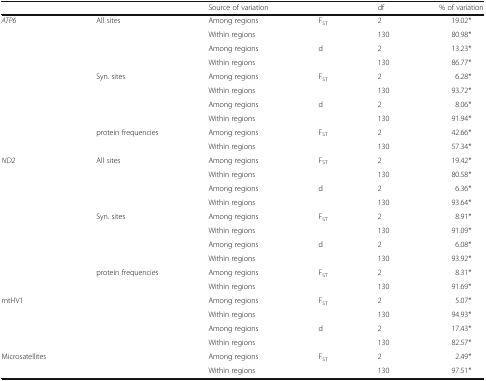
<table><thead><tr><td></td><td></td><td><b>Source of variation</b></td><td></td><td><b>df</b></td><td><b>% of variation</b></td></tr></thead><tbody><tr><td rowspan="10"><i>ATP6</i></td><td rowspan="4">All sites</td><td>Among regions</td><td>F<sub>ST</sub></td><td>2</td><td>19.02*</td></tr><tr><td>Within regions</td><td></td><td>130</td><td>80.98*</td></tr><tr><td>Among regions</td><td>d</td><td>2</td><td>13.23*</td></tr><tr><td>Within regions</td><td></td><td>130</td><td>86.77*</td></tr><tr><td rowspan="4">Syn. sites</td><td>Among regions</td><td>F<sub>ST</sub></td><td>2</td><td>6.28*</td></tr><tr><td>Within regions</td><td></td><td>130</td><td>93.72*</td></tr><tr><td>Among regions</td><td>d</td><td>2</td><td>8.06*</td></tr><tr><td>Within regions</td><td></td><td>130</td><td>91.94*</td></tr><tr><td rowspan="2">protein frequencies</td><td>Among regions</td><td>F<sub>ST</sub></td><td>2</td><td>42.66*</td></tr><tr><td>Within regions</td><td></td><td>130</td><td>57.34*</td></tr><tr><td rowspan="10"><i>ND2</i></td><td rowspan="4">All sites</td><td>Among regions</td><td rowspan="2">F<sub>ST</sub></td><td>2</td><td>19.42*</td></tr><tr><td>Within regions</td><td>130</td><td>80.58*</td></tr><tr><td>Among regions</td><td rowspan="2">d</td><td>2</td><td>6.36*</td></tr><tr><td>Within regions</td><td>130</td><td>93.64*</td></tr><tr><td rowspan="4">Syn. sites</td><td>Among regions</td><td rowspan="2">F<sub>ST</sub></td><td>2</td><td>8.91*</td></tr><tr><td>Within regions</td><td>130</td><td>91.09*</td></tr><tr><td>Among regions</td><td rowspan="2">d</td><td>2</td><td>6.08*</td></tr><tr><td>Within regions</td><td>130</td><td>93.92*</td></tr><tr><td rowspan="2">protein frequencies</td><td>Among regions</td><td rowspan="2">F<sub>ST</sub></td><td>2</td><td>8.31*</td></tr><tr><td>Within regions</td><td>130</td><td>91.69*</td></tr><tr><td rowspan="4">mtHV1</td><td rowspan="4"></td><td>Among regions</td><td rowspan="2">F<sub>ST</sub></td><td>2</td><td>5.07*</td></tr><tr><td>Within regions</td><td>130</td><td>94.93*</td></tr><tr><td>Among regions</td><td rowspan="2">d</td><td>2</td><td>17.43*</td></tr><tr><td>Within regions</td><td>130</td><td>82.57*</td></tr><tr><td rowspan="2">Microsatellites</td><td rowspan="2"></td><td>Among regions</td><td rowspan="2">F<sub>ST</sub></td><td>2</td><td>2.49*</td></tr><tr><td>Within regions</td><td>130</td><td>97.51*</td></tr></tbody></table>